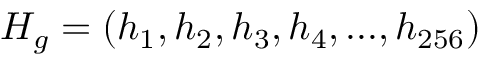
H _ { g } = ( h _ { 1 } , h _ { 2 } , h _ { 3 } , h _ { 4 } , . . . , h _ { 2 5 6 } )